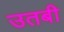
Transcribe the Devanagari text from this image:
उतबी